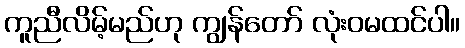
ကူညီလိမ့်မည်ဟု ကျွန်တော် လုံးဝမထင်ပါ။